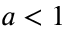
a < 1